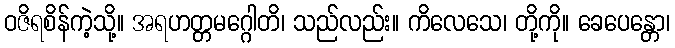
ဝဇိရစိန်ကဲ့သို့။ အရဟတ္တမဂ္ဂေါတိ၊ သည်လည်း။ ကိလေသေ၊ တို့ကို။ ခေပေန္တော၊